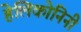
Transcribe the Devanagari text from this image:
हेलिकोनिनी